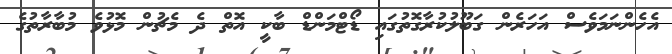
އެހެންނަމަވެސް އަހަރެން ގަބޫލުކުރާގޮތުގައި ޑޯޓްމަންޑް ބާކީ އޮތް ދެ މެޗުން މޮޅުވެ މުބާރާތުގެ